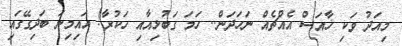
މިއަދު ވަކި ޚާއަސް އެއްޗެއް ނަހަދަން.. ހަމަ ގަބުޅިއާއި ހަކުރާ! އައިމިނަ ބަދިގޭގައި